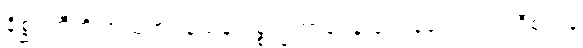
နိစ္ဆရတီတိ အသုဘဝသေန ပစ္စက္ခဘာဝေန ဝေဒနတော ပထဝီစလနံ